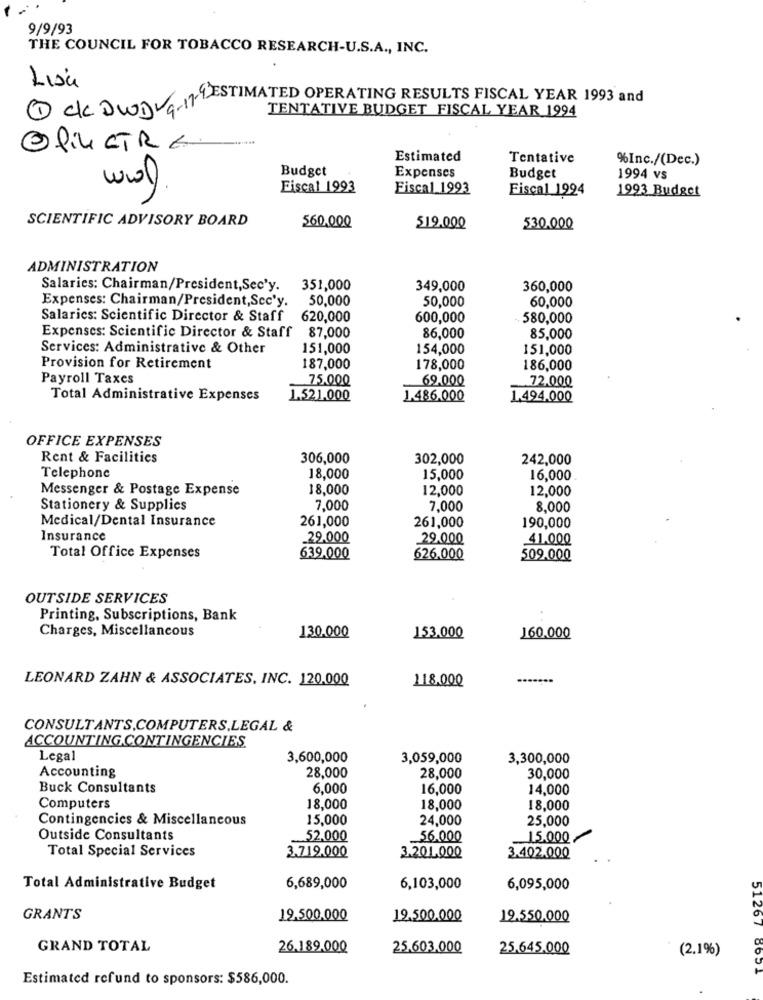
9/9/93
THE COUNCIL FOR TOBACCO RESEARCH-U.S.A ., INC.
Lisa
9ESTIMATED OPERATING RESULTS FISCAL YEAR 1993 and
1 ck DWDvarm
TENTATIVE BUDGET FISCAL YEAR 1994
@fin STRE.
Estimated
Tentative
%Inc./(Dec.)
Budget
Expenses
Budget
1994 vs
0
Fiscal 1993
Fiscal 1993
Fiscal 1994
1993 Budget
SCIENTIFIC ADVISORY BOARD
560.000
519.000
530.000
ADMINISTRATION
Salaries: Chairman/President, Sec'y.
351,000
349,000
360,000
Expenses: Chairman/President,Scc'y.
50,000
50,000
60,000
Salaries: Scientific Director & Staff 620,000
600,000
. 580,000
Expenses: Scientific Director & Staff 87,000
86,000
85,000
Services: Administrative & Other
151,000
154,000
151,000
Provision for Retirement
187,000
178,000
186,000
Payroll Taxes
75.000
69,000
72,000
Total Administrative Expenses
1.521.000
1.486,000
1.494,000
OFFICE EXPENSES
Rent & Facilities
306,000
302,000
242,000
Telephone
18,000
15,000
16,000
Messenger & Postage Expense
18,000
12,000
12,000
Stationery & Supplies
7,000
7,000
8,000
Medical/Dental Insurance
261,000
261,000
190,000
Insurance
29.000
29.000
41.000
Total Office Expenses
639,000
626,000
509.000
OUTSIDE SERVICES
Printing, Subscriptions, Bank
Charges, Miscellaneous
130.000
153.000
160.000
LEONARD ZAHN & ASSOCIATES, INC. 120.000
118.000
CONSULTANTS,COMPUTERS,LEGAL &
ACCOUNTING CONTINGENCIES.
Legal
3,600,000
3,059,000
3,300,000
Accounting
28,000
28,000
30,000
Buck Consultants
6,000
16,000
14,000
Computers
18,000
18,000
18,000
Contingencies & Miscellaneous
15,000
24,000
25,000
Outside Consultants
52,000
56.000
15.000-
Total Special Services
3.719.000
3.201,000
3.402,000
Total Administrative Budget
6,689,000
6,103,000
6,095,000
GRANTS
19.500.000
19.500.000
19.550,000
GRAND TOTAL
26.189.000
25.603.000
25.645.000
(2.1%)
51267 8651
Estimated refund to sponsors: $586,000.